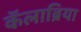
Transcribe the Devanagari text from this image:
कॅलाब्रिया